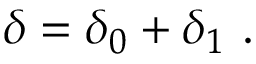
\delta = \delta _ { 0 } + \delta _ { 1 } \ .